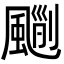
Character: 𩘃